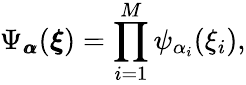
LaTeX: \Psi_{{\pmb{\alpha}}}({\boldsymbol{\xi}})=\prod_{i=1}^{M}\psi_{\alpha_{i}}(\xi_{i}),